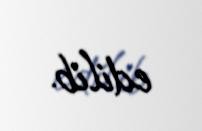
edilib.